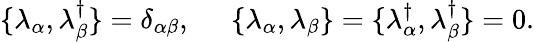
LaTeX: \{ \lambda_{\alpha},\lambda_{\beta}^{\dagger}\} =\delta_{\alpha\beta},\; \; \; \; \; \{ \lambda_{\alpha},\lambda_{\beta}\} =\{ \lambda_{\alpha}^{\dagger},\lambda_{\beta}^{\dagger}\} =0.